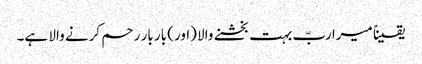
یقیناً میرا ربّ بہت بخشنے والا (اور) بار بار رحم کرنے والا ہے۔